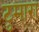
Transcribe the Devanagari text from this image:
टुमारा